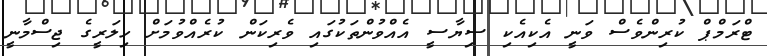
ޓްރަމްޕް ކުރިންވެސް ވަނީ އެކިއެކި ސިޔާސީ އެއްވުންތަކުގައި ވެރިކަން ކުރެއްވުމަށް ހިލަރީގެ ޖިސްމާނީ